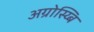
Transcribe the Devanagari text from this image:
अग्रोस्य्बि